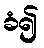
ခံ၍